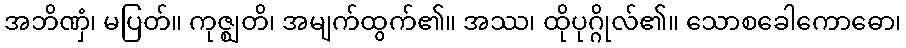
အဘိဏှံ၊ မပြတ်။ ကုဇ္ဈတိ၊ အမျက်ထွက်၏။ အဿ၊ ထိုပုဂ္ဂိုလ်၏။ သောစခေါကောဓော၊